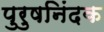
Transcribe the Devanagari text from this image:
पुरुषनिंदक